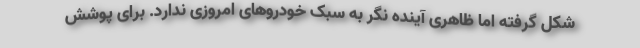
شکل گرفته اما ظاهری آینده نگر به سبک خودروهای امروزی ندارد. برای پوشش